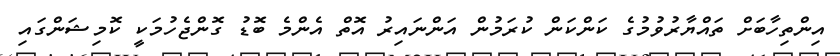
އިންތިހާބަށް ތައްޔާރުވުމުގެ ކަންކަން ކުރަމުން އަންނައިރު އޮތް އެންމެ ބޮޑު ގޮންޖެހުމަކީ ކޮމިޝަންގައި